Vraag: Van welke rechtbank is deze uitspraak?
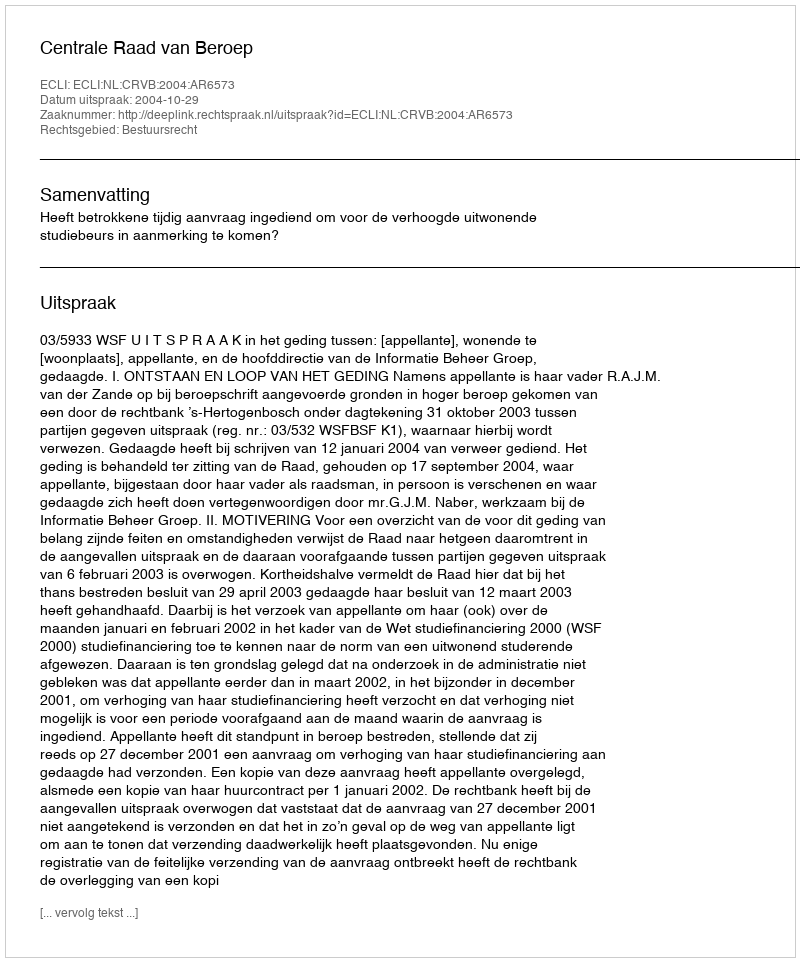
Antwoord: Centrale Raad van Beroep